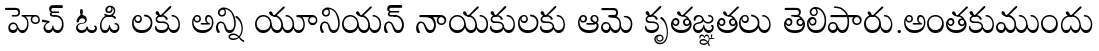
హెచ్ ఓడి లకు అన్ని యూనియన్ నాయకులకు ఆమె కృతజ్ఞతలు తెలిపారు.అంతకుముందు